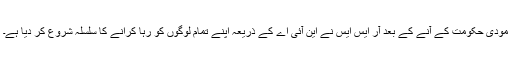
مودی حکومت کے آنے کے بعد آر ایس ایس نے این آئی اے کے ذریعہ اپنے تمام لوگوں کو رہا کرانے کا سلسلہ شروع کر دیا ہے۔